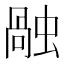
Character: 𧎏